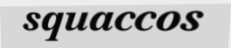
squaccos